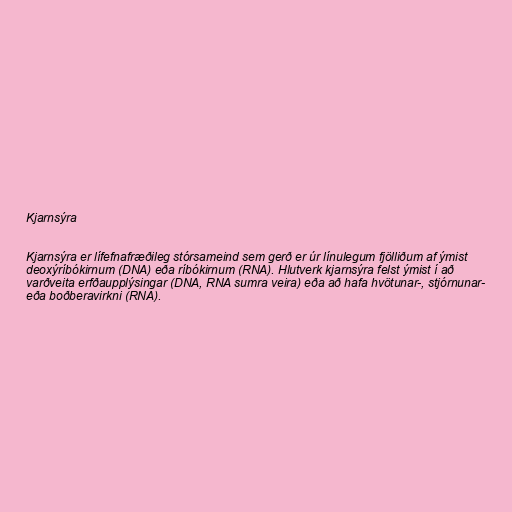
Kjarnsýra

Kjarnsýra er lífefnafræðileg stórsameind sem gerð er úr línulegum fjölliðum af ýmist
deoxýríbókirnum (DNA) eða ríbókirnum (RNA). Hlutverk kjarnsýra felst ýmist í að
varðveita erfðaupplýsingar (DNA, RNA sumra veira) eða að hafa hvötunar-, stjórnunar-
eða boðberavirkni (RNA).